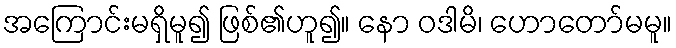
အကြောင်းမရှိမူ၍ ဖြစ်၏ဟူ၍။ နော ဝဒါမိ၊ ဟောတော်မမူ။